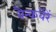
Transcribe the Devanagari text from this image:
बैन्कवेरें